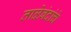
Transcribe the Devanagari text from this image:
ताळेबंदांचे